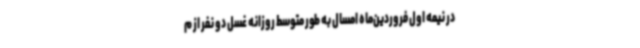
در نیمه اول فروردین‌ماه امسال به طور متوسط روزانه غسل دو نفر از م